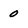
Character: 0